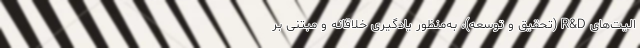
الیت‌های R&D (تحقیق و توسعه)، به‌منظور یادگیری خلاقانه و مبتنی بر